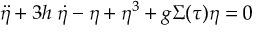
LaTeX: \ddot { \eta } + 3 h \; \dot { \eta } - \eta + \eta ^ { 3 } + g \Sigma ( \tau ) \eta = 0